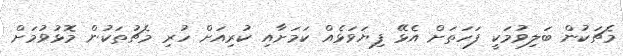
މެޗަކުން ބަލިވުމަކީ ފަހަތަށް އެޅޭ ފިޔަވަޅެއް ކަމަށާއި ކުރިއަށް ހުރި މެޗުތަކުން މޮޅުވުމަށް